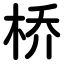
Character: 桥